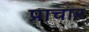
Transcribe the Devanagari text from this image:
प्राचार